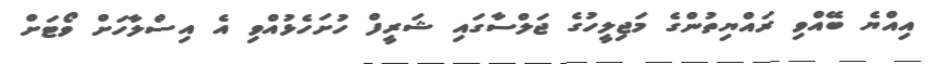
އިއްޔެ ބޭއްވި ރައްޔިތުންގެ މަޖިލީހުގެ ޖަލްސާގައި ޝަރީފް ހުށަހެޅުއްވި އެ އިސްލާހަަށް ވޯޓަށް